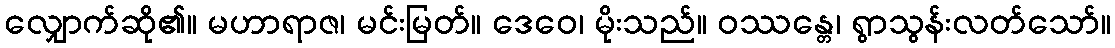
လျှောက်ဆို၏။ မဟာရာဇ၊ မင်းမြတ်။ ဒေဝေ၊ မိုးသည်။ ဝဿန္တေ၊ ရွာသွန်းလတ်သော်။